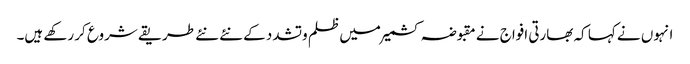
انہوں نے کہا کہ بھارتی افواج نے مقبوضہ کشمیر میں ظلم وتشدد کے نئے نئے طریقے شروع کر رکھے ہیں۔